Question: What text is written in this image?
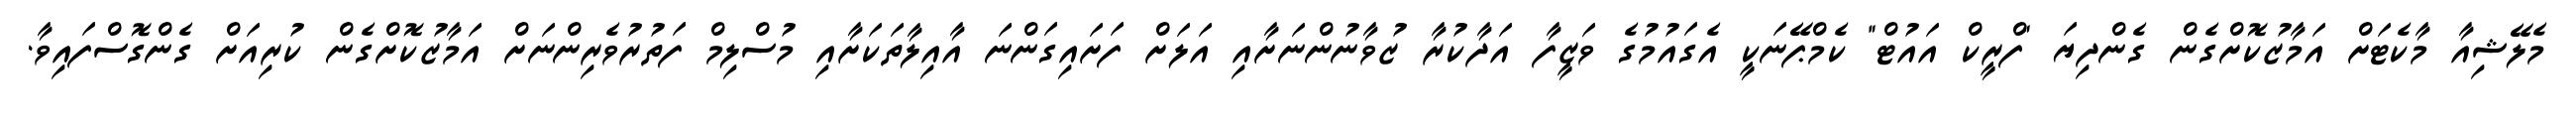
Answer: މެލޭޝިއާ މާކެޓަށް އަމާޒުކޮށްގެން ގެންދިޔަ "ފްރީކް އައުޓް" ކެމްޕޭނަކީ އެގައުމުގެ ވަޒީފާ އަދާކުރާ ޒުވާނުންނަށާއި އަލަށް ފަށައިގަންނަ އާއިލާތަކަށާއި މުސްލިމް ފަތުރުވެރިންނަށް އަމާޒުކޮށްގެން ކުރިއަށް ގެންގޮސްފައިވާ.